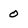
Character: 0